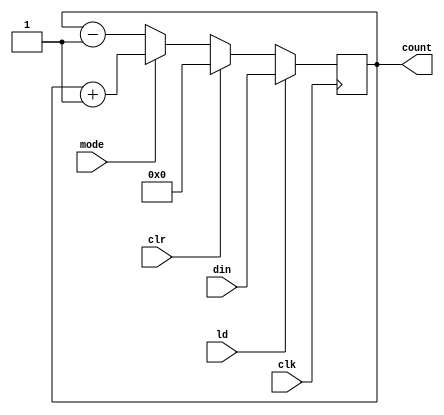
`timescale 1ns / 1ps

module updowncounter_synchronous(
    input mode,clr,ld,clk,
    input [7:0] din,
    output reg [7:0] count
    );
    
    always @(posedge clk)
        if(ld)          count <= din ;
        else if(clr)    count <= 0 ;
        else if(mode)   count <= count+1 ;
        else            count <= count-1 ; 
endmodule